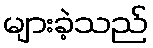
များခဲ့သည်